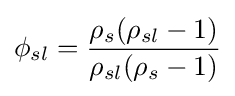
\phi _{sl}={\frac {\rho _{s}(\rho _{sl}-1)}{\rho _{sl}(\rho _{s}-1)}}